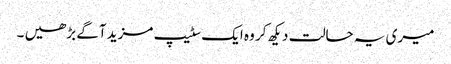
میری یہ حالت دیکھ کر وہ ایک سٹیپ مزید آگے بڑھیں ۔